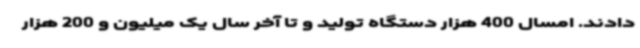
دادند. امسال 400 هزار دستگاه تولید و تا آخر سال یک میلیون و 200 هزار